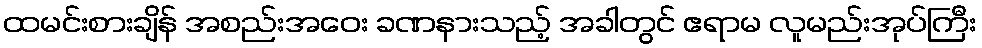
ထမင်းစားချိန် အစည်းအဝေး ခဏနားသည့် အခါတွင် ဧရာမ လူမည်းအုပ်ကြီး